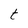
Character: t